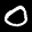
Label: 0